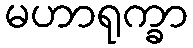
မဟာရုက္ခာ